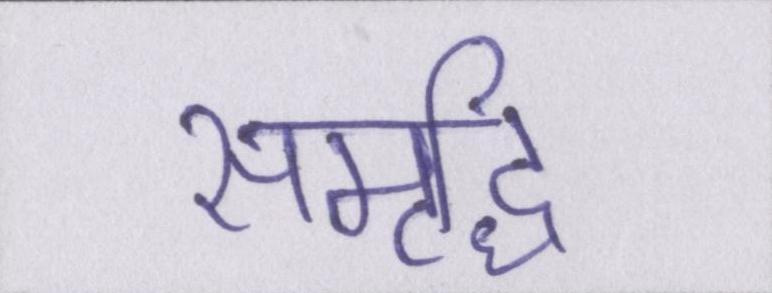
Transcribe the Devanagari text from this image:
समृध्दि